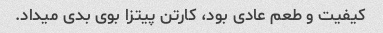
کیفیت و طعم عادی بود، کارتن پیتزا بوی بدی میداد.